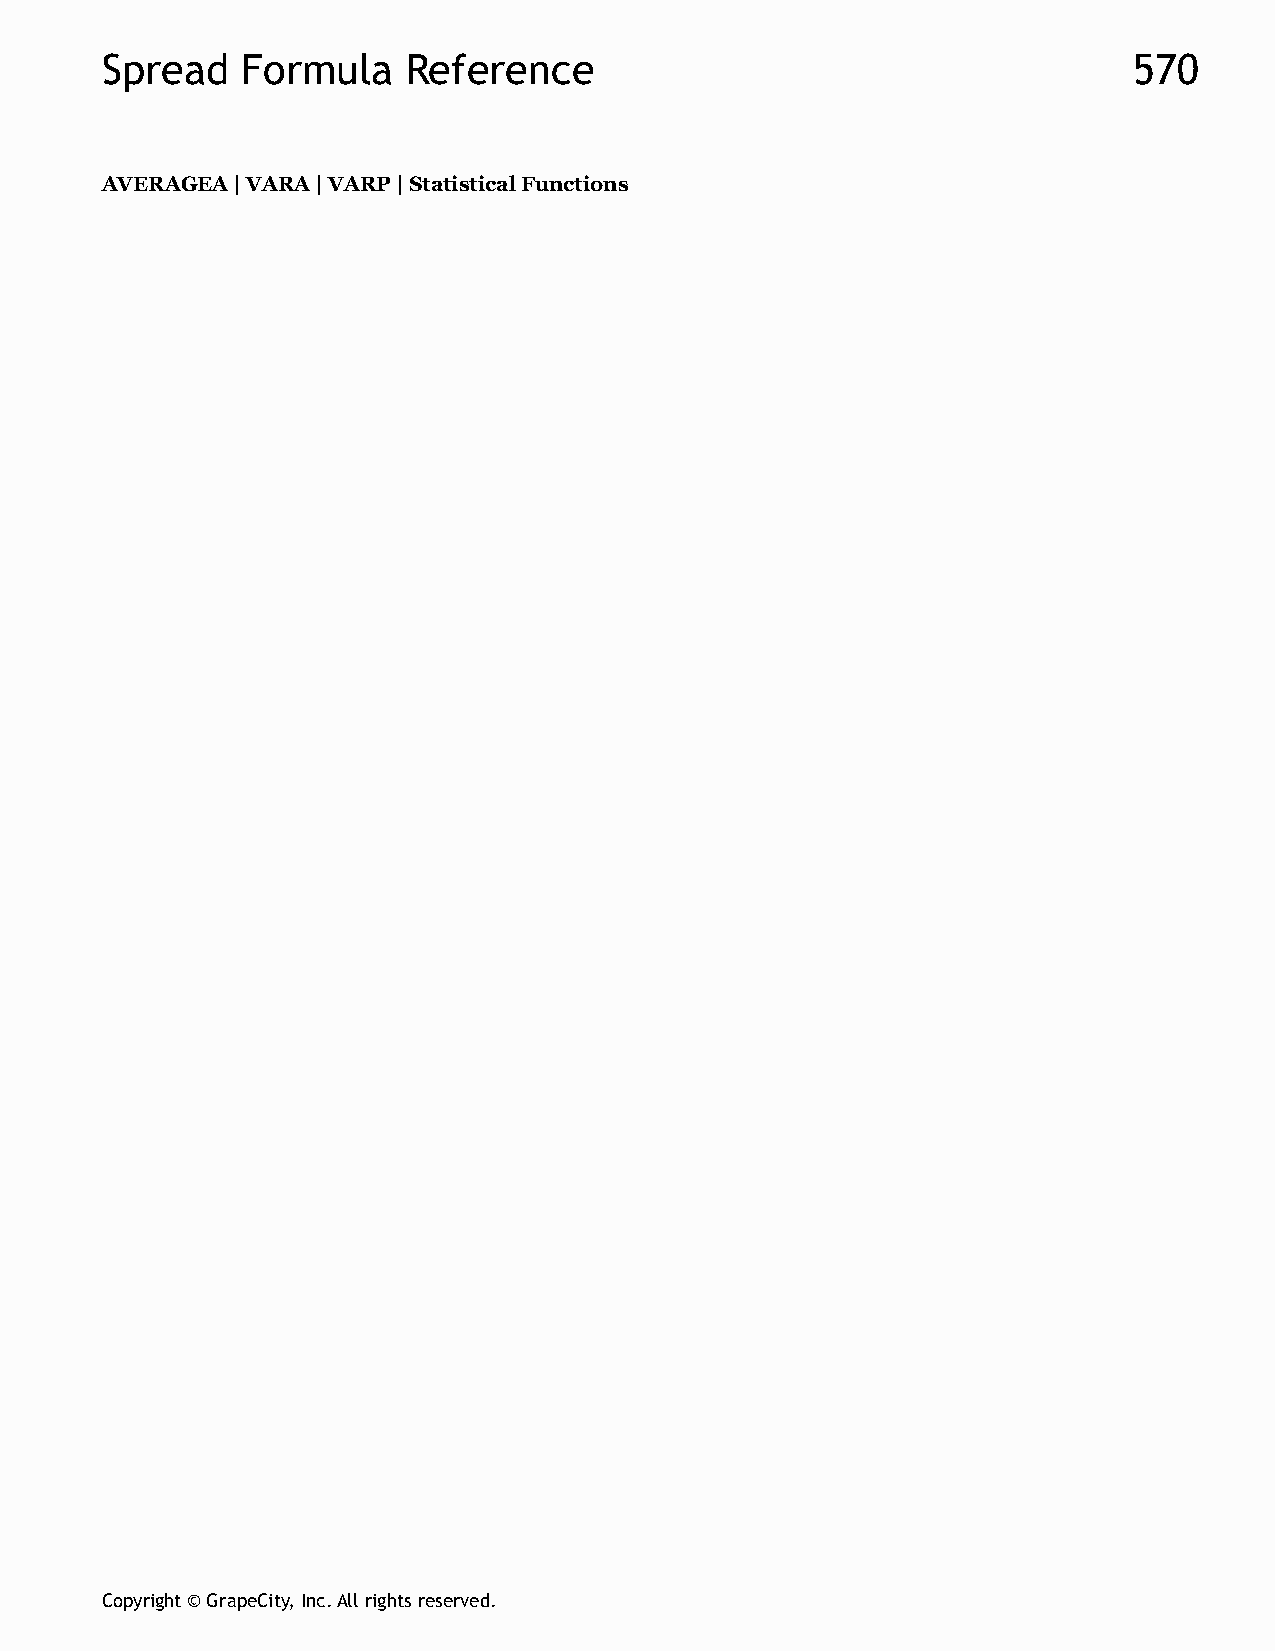
Spread   Formula    Reference                                       570
 AVERAGEA | VARA | VARP | Statistical Functions
 Copyright © GrapeCity, Inc. All rights reserved.